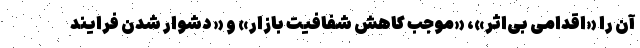
آن را «اقدامی بی‌اثر»، «موجب کاهش شفافیت بازار» و « دشوار شدن فرایند